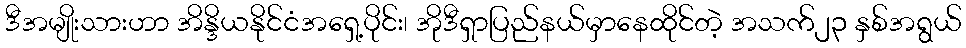
ဒီအမျိုးသားဟာ အိန္ဒိယနိုင်ငံအရှေ့ပိုင်း၊ အိုဒီရှာပြည်နယ်မှာနေထိုင်တဲ့ အသက်၂၃ နှစ်အရွယ်